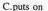
C.puts on